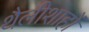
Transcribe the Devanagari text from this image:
थैलीशाहों